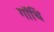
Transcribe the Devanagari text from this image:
गॉथि